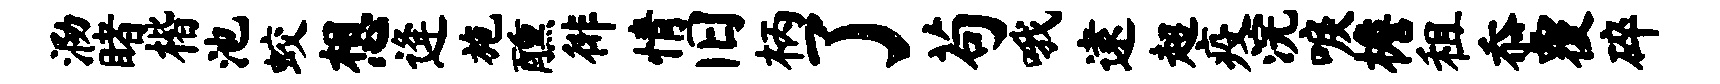
泐睹楷池蛟想逄施醺徘情旧柄了苟哦逮超疫浣唳檐租忝覆碎